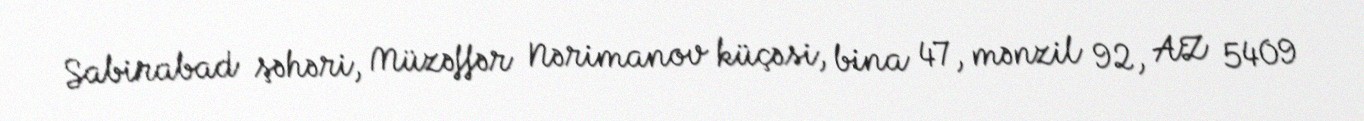
Sabirabad şəhəri, Müzəffər Nərimanov küçəsi, bina 47, mənzil 92, AZ 5409